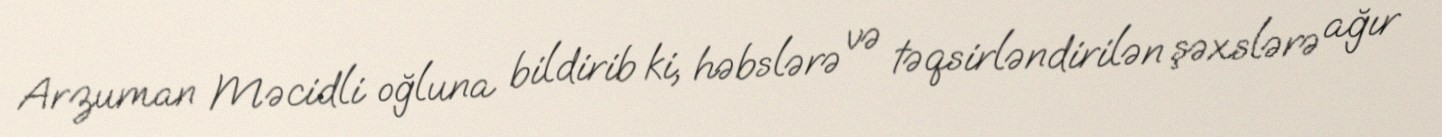
Arzuman Məcidli oğluna bildirib ki, həbslərə və təqsirləndirilən şəxslərə ağır